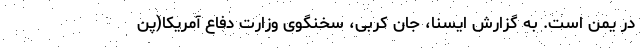
در یمن است. به گزارش ایسنا، جان کربی، سخنگوی وزارت دفاع آمریکا(پن